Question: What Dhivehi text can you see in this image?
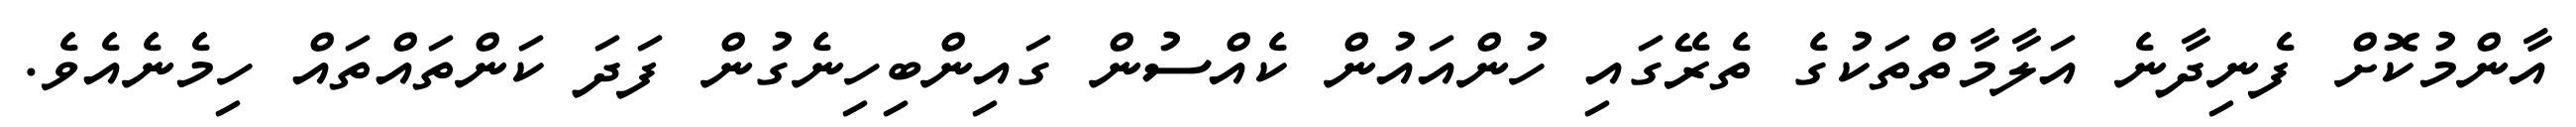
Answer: އާންމުކޮށް ފެނިދާނެ އަލާމާތްތަކުގެ ތެރޭގައި ހުންއައުން ކެއްސުން ގައިންބިހިނެގުން ފަދަ ކަންތައްތައް ހިމެނެއެވެ.